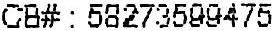
CB# : 58273599475